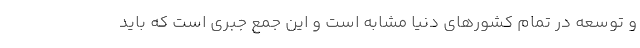
و توسعه در تمام کشورهای دنیا مشابه است و این جمع جبری است که باید